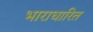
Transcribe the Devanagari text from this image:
भाराधारित